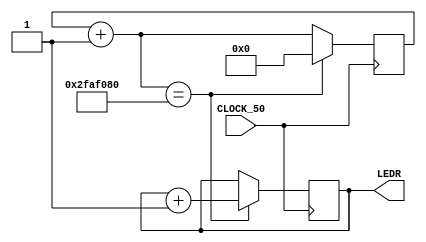
/*
Author: Kyle Jarvis
Program Name: Lab 4 Part 1
Creation Date: 2/7/24
Date Last Updated: 2/7/24
Function: Periodic Clock Program
Method: Using increments for the LEDR
Outputs: DE10 Board
*/

module Lab4Part1(
input CLOCK_50,
output reg[9:0] LEDR);

	reg[32:0] count;
	parameter X = 50000000;
	
	// Evaluate on positive (rising) edges of the clock
	always @(posedge CLOCK_50)
	begin
	
		// Increment count if count is equal to maxium value (X),
		// resets counts value and increment the LED vector
		// Behavior: LEDR will increment every (X) clock cycles
		count = count + 1;
		
		if (count == X)
		begin
			count = 0;
			LEDR = LEDR + 1;
		end
	
	end
	
endmodule